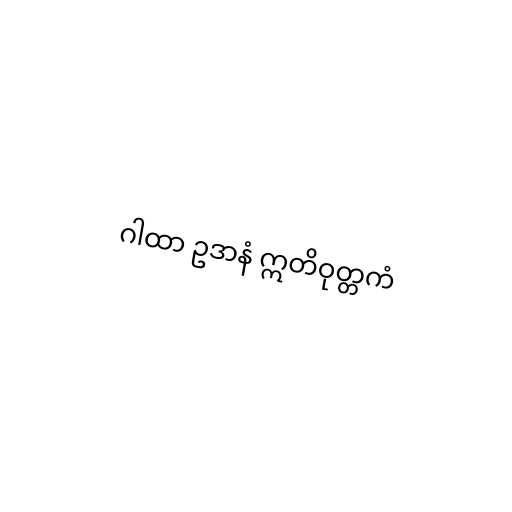
ဂါထာ ဥဒာနံ ဣတိဝုတ္တကံ